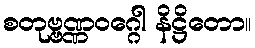
စတုဗ္ဗဏ္ဏဝဂ္ဂေါ နိဋ္ဌိတော။